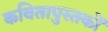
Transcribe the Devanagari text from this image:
कवितापुस्तकों